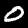
Label: 0